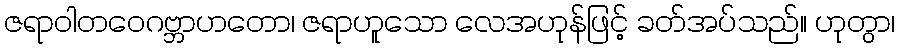
ဇရာဝါတဝေဂဗ္ဘာဟတော၊ ဇရာဟူသော လေအဟုန်ဖြင့် ခတ်အပ်သည်။ ဟုတွာ၊